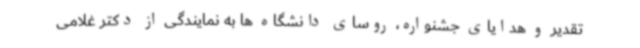
تقدیر و هدایای جشنواره، روسای دانشگاه ها به نمایندگی از دکتر غلامی